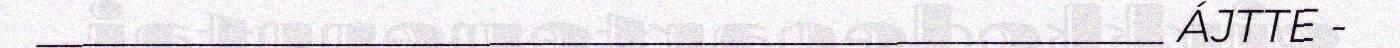
_________________________________________________ ÁJTTE -